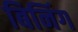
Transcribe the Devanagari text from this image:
बिनिंग